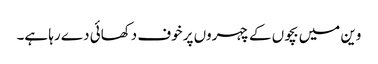
وین میں بچوں کے چہروں پر خوف دکھائی دے رہا ہے۔